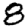
Digit: 8